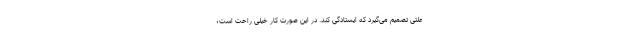
علتی تصمیم می‌گیرد که ایستادگی کند. در این صورت کار خیلی راحت است؛